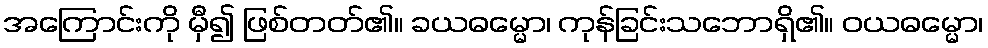
အကြောင်းကို မှီ၍ ဖြစ်တတ်၏။ ခယဓမ္မော၊ ကုန်ခြင်းသဘောရှိ၏။ ဝယဓမ္မော၊